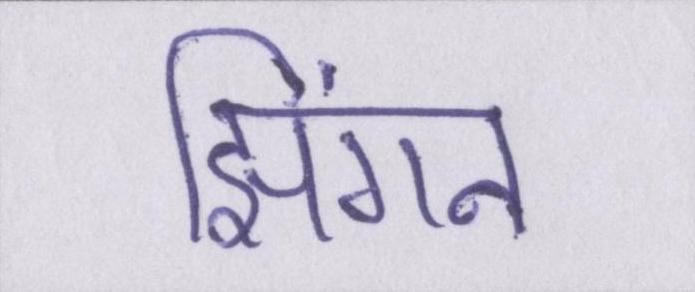
झिंगन